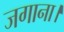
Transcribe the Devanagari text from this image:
जगाना।